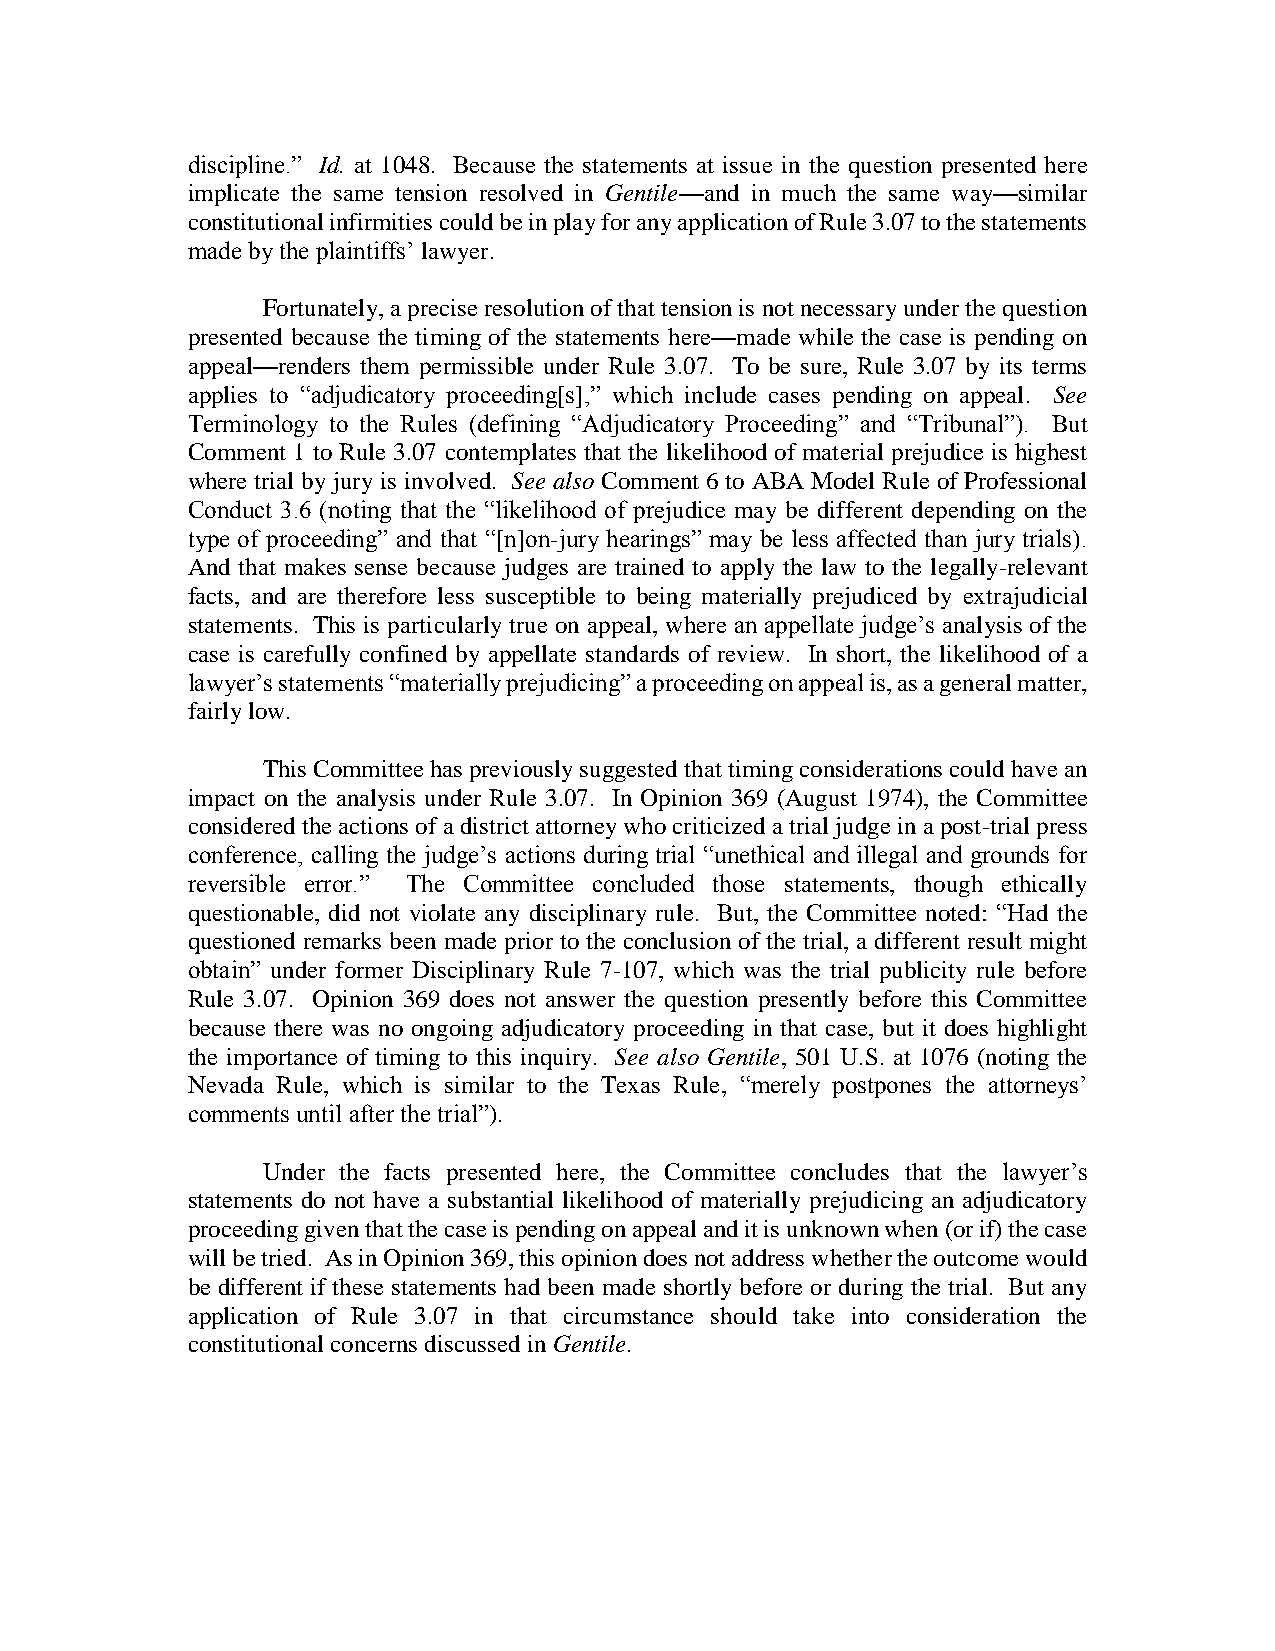
discipline.” Id. at 1048. Because the statements at issue in the question presented here
 implicate the same tension resolved in Gentile—and in much the same way—similar
 constitutional infirmities could be in play for any application of Rule 3.07 to the statements
 made by the plaintiffs’ lawyer.
 Fortunately, a precise resolution of that tension is not necessary under the question
 presented because the timing of the statements here—made while the case is pending on
 appeal—renders them permissible under Rule 3.07. To be sure, Rule 3.07 by its terms
 applies to “adjudicatory proceeding[s],” which include cases pending on appeal. See
 Terminology to the Rules (defining “Adjudicatory Proceeding” and “Tribunal”). But
 Comment 1 to Rule 3.07 contemplates that the likelihood of material prejudice is highest
 where trial by jury is involved. See also Comment 6 to ABA Model Rule of Professional
 Conduct 3.6 (noting that the “likelihood of prejudice may be different depending on the
 type of proceeding” and that “[n]on-jury hearings” may be less affected than jury trials).
 And that makes sense because judges are trained to apply the law to the legally-relevant
 facts, and are therefore less susceptible to being materially prejudiced by extrajudicial
 statements. This is particularly true on appeal, where an appellate judge’s analysis of the
 case is carefully confined by appellate standards of review. In short, the likelihood of a
 lawyer’s statements “materially prejudicing” a proceeding on appeal is, as a general matter,
 fairly low.
 This Committee has previously suggested that timing considerations could have an
 impact on the analysis under Rule 3.07. In Opinion 369 (August 1974), the Committee
 considered the actions of a district attorney who criticized a trial judge in a post-trial press
 conference, calling the judge’s actions during trial “unethical and illegal and grounds for
 reversible error.” The Committee concluded those statements, though ethically
 questionable, did not violate any disciplinary rule. But, the Committee noted: “Had the
 questioned remarks been made prior to the conclusion of the trial, a different result might
 obtain” under former Disciplinary Rule 7-107, which was the trial publicity rule before
 Rule 3.07. Opinion 369 does not answer the question presently before this Committee
 because there was no ongoing adjudicatory proceeding in that case, but it does highlight
 the importance of timing to this inquiry. See also Gentile, 501 U.S. at 1076 (noting the
 Nevada Rule, which is similar to the Texas Rule, “merely postpones the attorneys’
 comments until after the trial”).
 Under the facts presented here, the Committee concludes that the lawyer’s
 statements do not have a substantial likelihood of materially prejudicing an adjudicatory
 proceeding given that the case is pending on appeal and it is unknown when (or if) the case
 will be tried. As in Opinion 369, this opinion does not address whether the outcome would
 be different if these statements had been made shortly before or during the trial. But any
 application of Rule 3.07 in that circumstance should take into consideration the
 constitutional concerns discussed in Gentile.